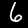
Label: 6